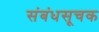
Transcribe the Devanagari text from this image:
संबंधसूचक